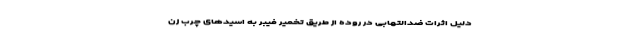
دلیل اثرات ضدالتهابی در روده از طریق تخمیر فیبر به اسیدهای چرب زن